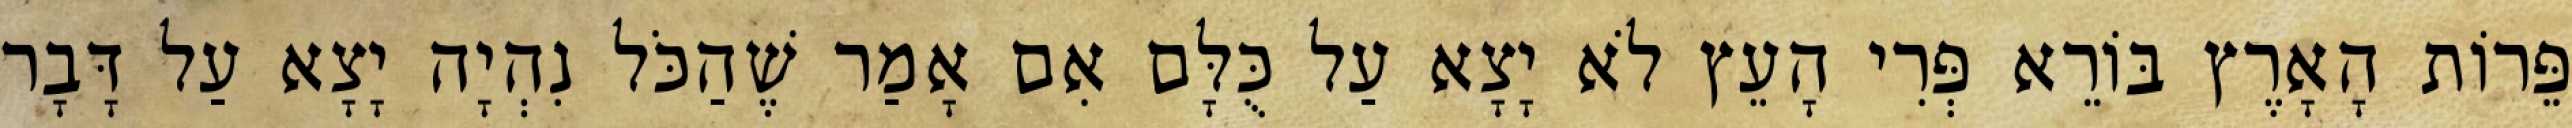
פֵּרוֹת הָאָרֶץ בּוֹרֵא פְּרִי הָעֵץ לֹא יָצָא עַל כֻּלָּם אִם אָמַר שֶׁהַכֹּל נִהְיָה יָצָא עַל דָּבָר